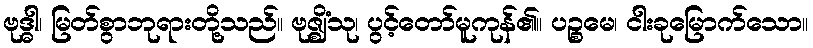
ဗုဒ္ဓါ၊ မြတ်စွာဘုရားတို့သည်။ ဗုဇ္ဈိံသု၊ ပွင့်တော်မူကုန်၏။ ပဉ္စမေ၊ ငါးခုမြောက်သော။